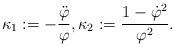
LaTeX: \begin{align*}\kappa_1 := -\frac{\ddot{\varphi}}{\varphi}, \kappa_2 := \frac{1- \dot{\varphi}^2}{\varphi^2}.\end{align*}